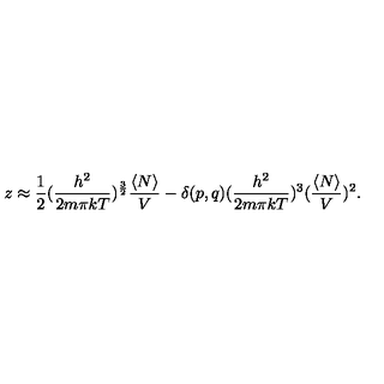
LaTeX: z \approx { \frac { 1 } { 2 } } ( { \frac { h ^ { 2 } } { 2 m \pi k T } } ) ^ { \frac { 3 } { 2 } } { \frac { \langle N \rangle } { V } } - \delta ( p , q ) ( { \frac { h ^ { 2 } } { 2 m \pi k T } } ) ^ { 3 } ( { \frac { \langle N \rangle } { V } } ) ^ { 2 } .